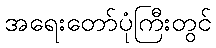
အရေးတော်ပုံကြီးတွင်